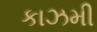
કાઝમી